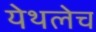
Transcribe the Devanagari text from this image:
येथलेच